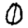
Digit: 0